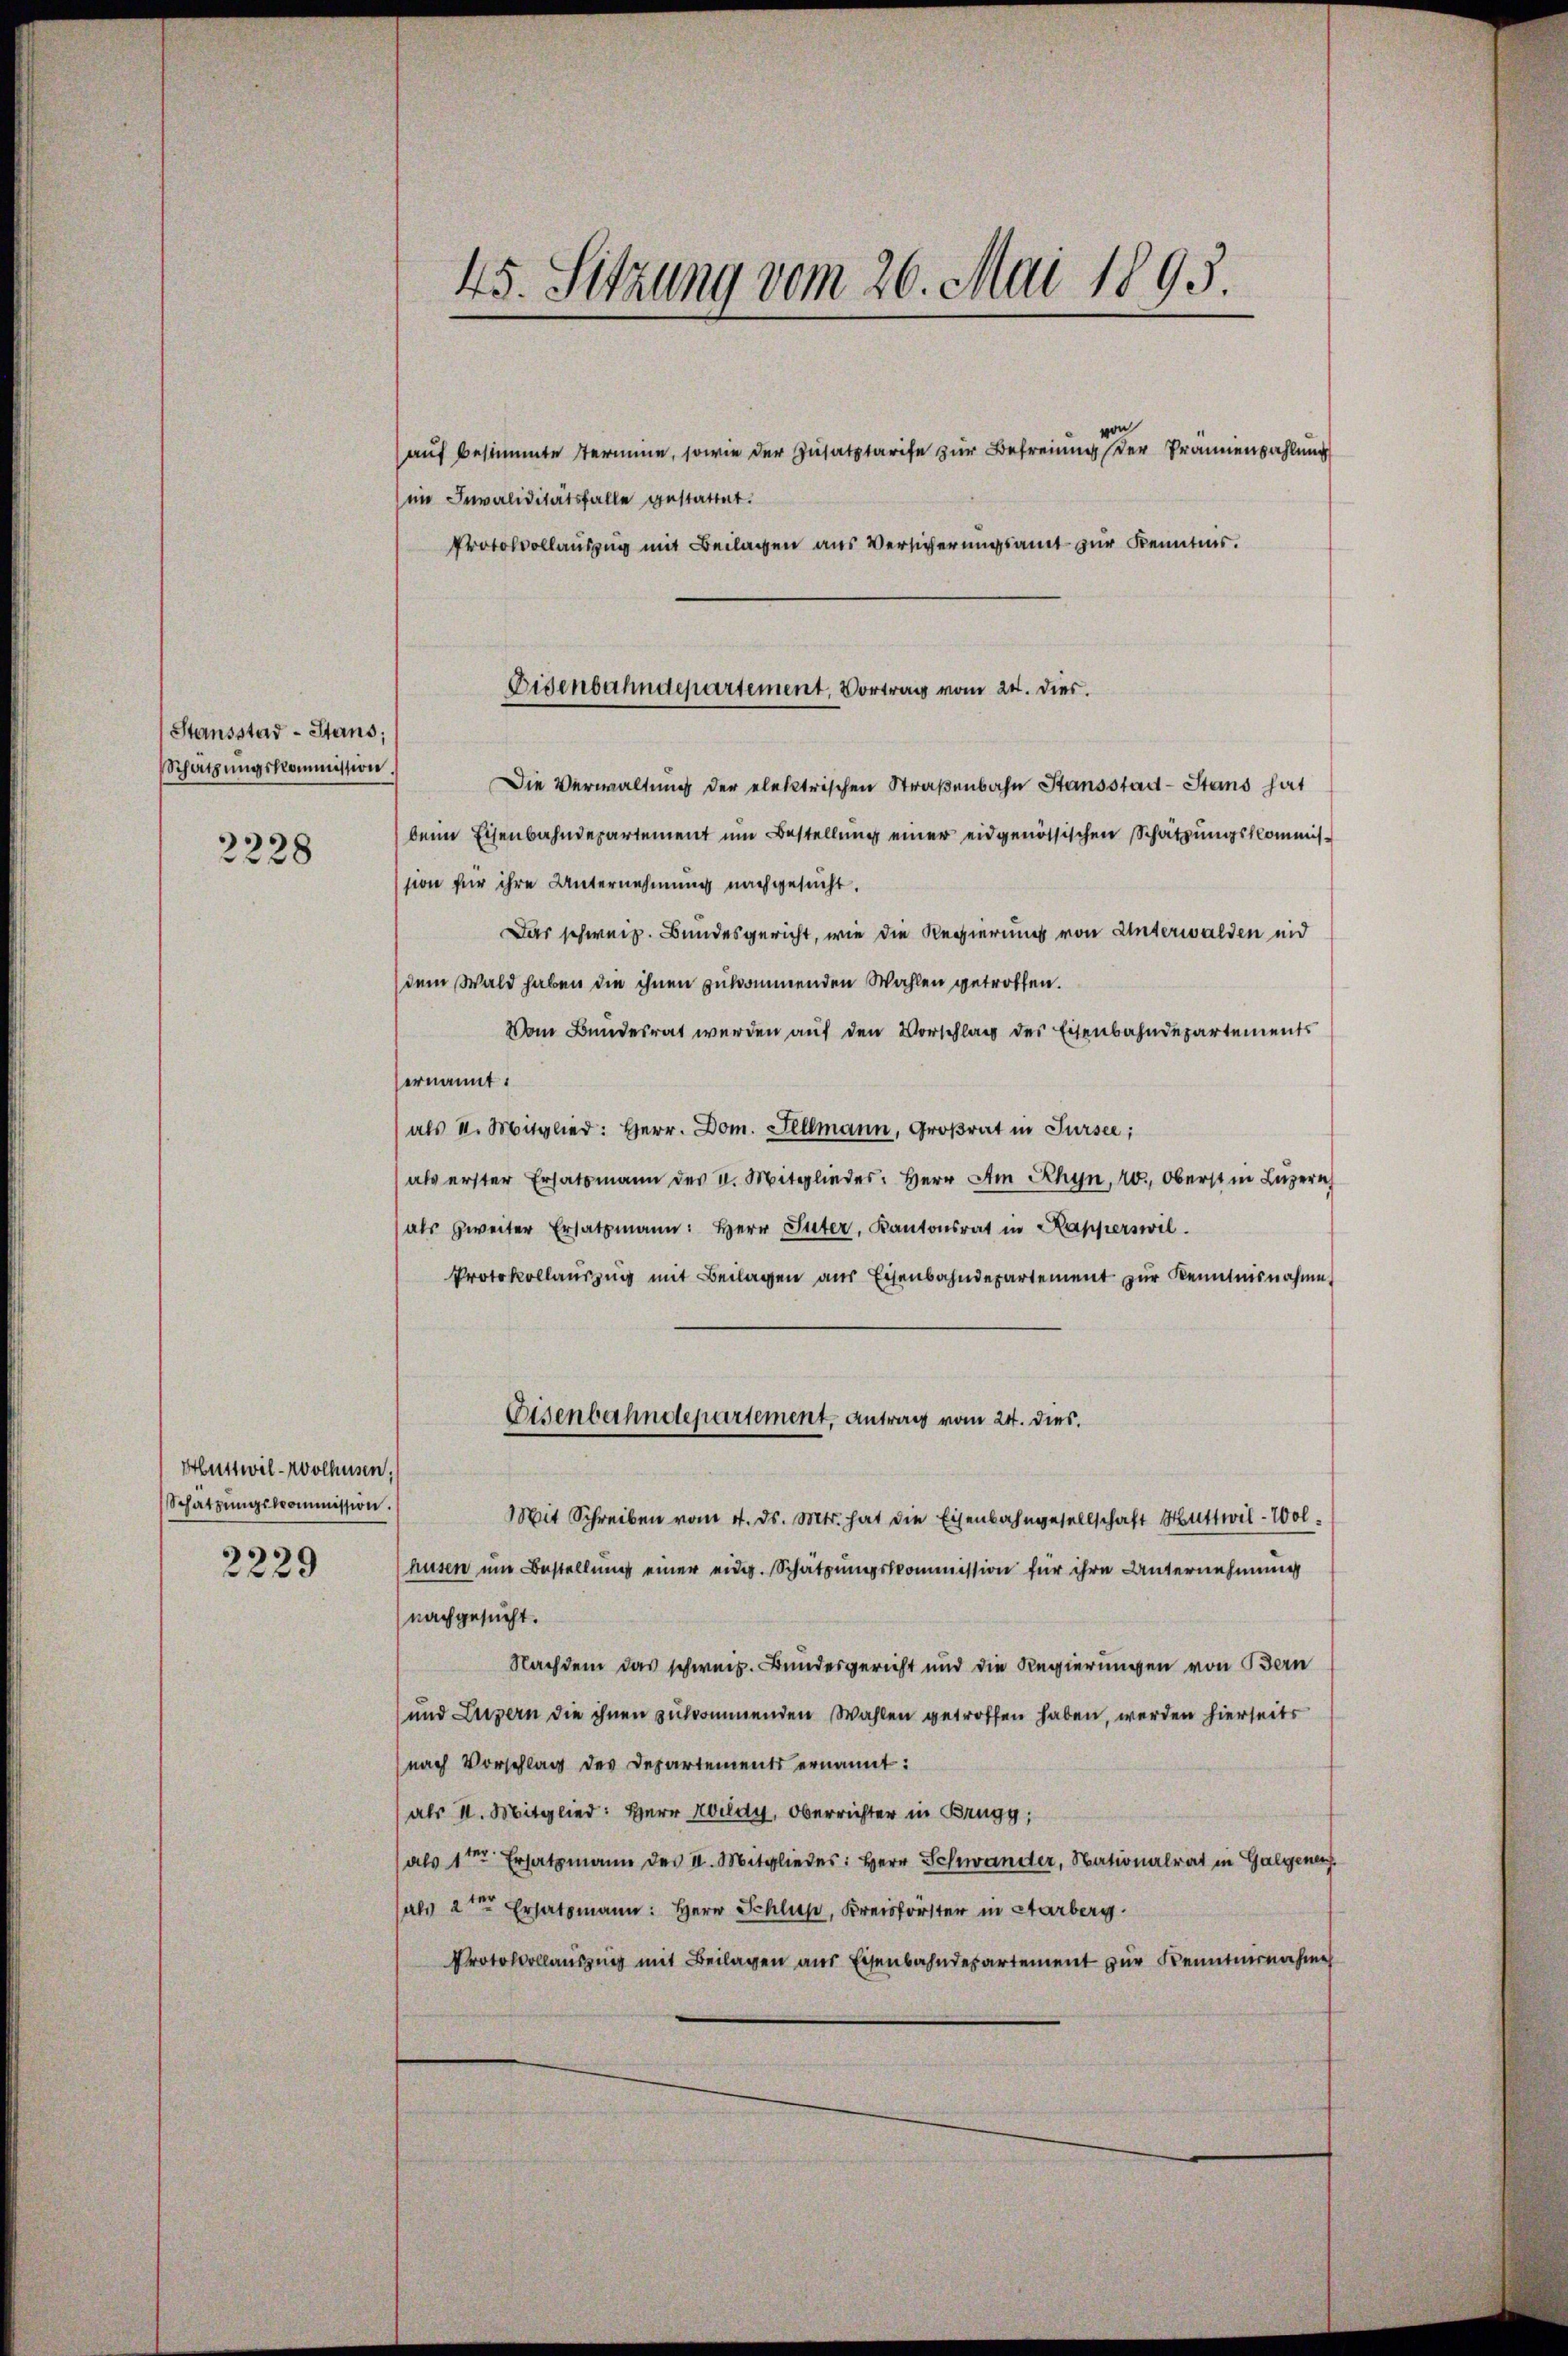
Stansstad - Stans;
Schätzungskommission.

2228

Huttwil-Wolhusen,
Schatzŭngskommission.
2229

45. Sitzung vom 26. Mai 1895.

Eisenbahndepartement, Vortrag vom 24. dies

auf besammte Termine, sowie der Zusatztarife zur Befreiung der Prämienzahlung
im Invaliditätsfalle gestattet.
Protokollauszug mit Beilagen aus Versicherungsamt zur Kenntnis.
Die Verwaltung der elektrischen Straßenbahn Stansstad- Stand hat
beim Eisenbahndepartement um Bestellung einer eidgenössischen Schatzungskommission für ihre Unternehmung nachgesucht.
Das schweiz. Bundesgericht, wie die Regierung von Unterwalden und
dem Wald haben die ihnen zukommenden Wahlen getroffen.
Vom Bundesrat werden auf den Vorschlag des Eisenbahndepartements
ernannt.
(als II. Mitglied: Herr Dom. Fellmann, Großrat in Sursee,
als erster Ersatzmann der V. Mitglieder: Herr Am Rhyn, 20. Oberst in Luzern
als zweiter Ersatzmann: Herr Suter, Kantonsrat in Kapperswil.
Protokollauszug mit Beilagen aus Eisenbahndepartement zur Kenntnisnahme
Eisenbahndepartement, Antrag vom 24. dies.
Mit Schreiben vom 4. ds. Mts. hat die Eisenbahngesellschaft Huttwil-Wol.
husen um Bestellung einer eidg. Schätzungskommission für ihre Unternehmung
nachgesucht.
Nachdem das schweiz. Bundesgericht und die Regierungen von Bern
und Luzern die ihnen zukommenden Wahlen getroffen haben, werden hierseits
nach Vorschlag des Departements ernannt:
(als I. Mitglied: Herr Koldy, Oberrichter in Brugg,
(als 1ten Ersatzmann der II. Mitglieder: Herr Schwander, Nationalrat in Galgenen
als 2ten Ersatzmann: Herr Schluß, Kreisforster in Aarberg.
Protokollausung mit Beilagen aus Eisenbahndepartement zur Kenntnisnahme